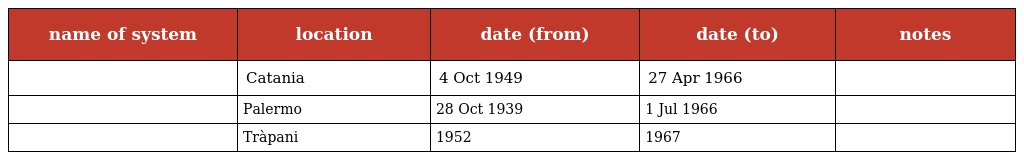
| name of system | location | date (from) | date (to) | notes |
 | --- | --- | --- | --- | --- |
 |  | Catania | 4 Oct 1949 | 27 Apr 1966 |  |
 |  | Palermo | 28 Oct 1939 | 1 Jul 1966 |  |
 |  | Tràpani | 1952 | 1967 |  |